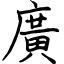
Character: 廣